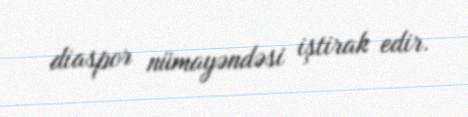
diaspor nümayəndəsi iştirak edir.